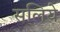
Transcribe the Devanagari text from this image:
सलिये